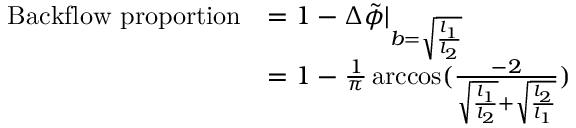
\begin{array} { r l } { \mathrm { B a c k f l o w ~ p r o p o r t i o n } } & { = 1 - \Delta \Tilde { \phi } | _ { b = \sqrt { \frac { l _ { 1 } } { l _ { 2 } } } } } \\ & { = 1 - \frac { 1 } { \pi } \operatorname { a r c c o s } ( \frac { - 2 } { \sqrt { \frac { l _ { 1 } } { l _ { 2 } } } + \sqrt { \frac { l _ { 2 } } { l _ { 1 } } } } ) } \end{array}